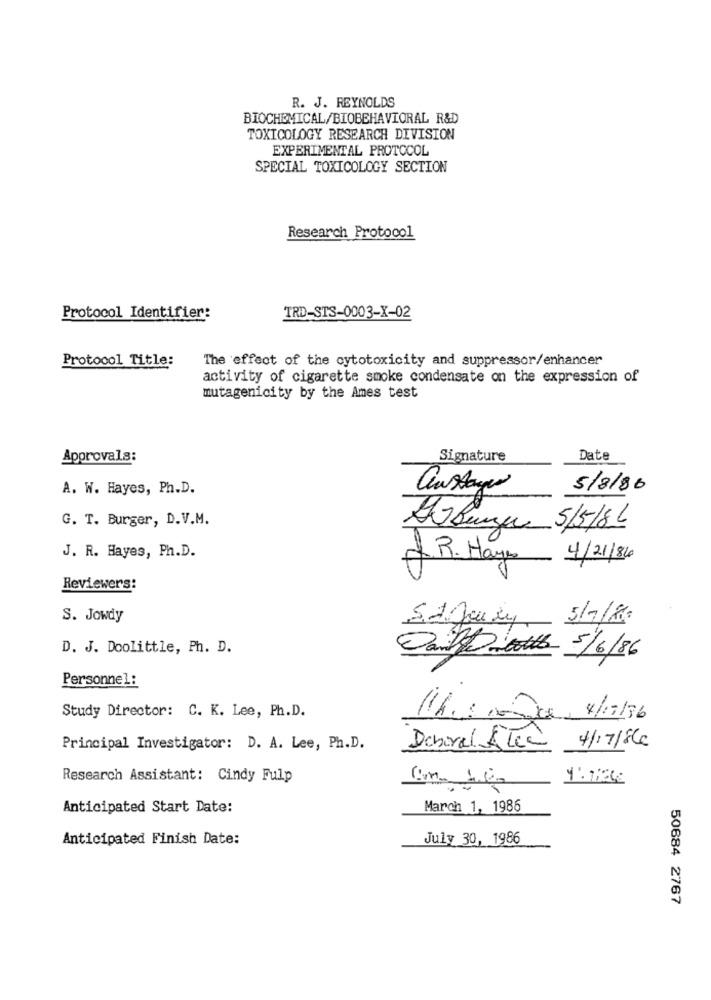
R. J. REYNOLDS
BIOCHEMICAL/BIOBEHAVIORAL R&D
TOXICOLOGY RESEARCH DIVISION
EXPERIMENTAL PROTOCOL
SPECIAL TOXICOLOGY SECTION
Research Protocol
Protocol Identifier:
TRD-STS-0003-X-02
Protocol Title:
The effect of the cytotoxicity and suppressor/enhancer
activity of cigarette smoke condensate on the expression of
mutagenicity by the Ames test
Approvals:
Signature
Date
A. W. Hayes, Ph.D.
austager
5/8/86
G. T. Burger, D.V.M.
Burger 5/5/86
J. R. Hayes, Ph.D.
4/21/86
f.R. Hay
4
Reviewers:
S. Jowdy
D. J. Doolittle, Ph. D.
Dank worth 5/6/86
Personnel:
Study Director: C. K. Lee, Ph.D.
16: come 4/12/16
Principal Investigator: D. A. Lee, Ph.D.
Denoral Átem
4/17/86
Research Assistant: Cindy Fulp
Anticipated Start Date:
March 1, 1986
Anticipated Finish Date:
July 30, 1986
50684 2767